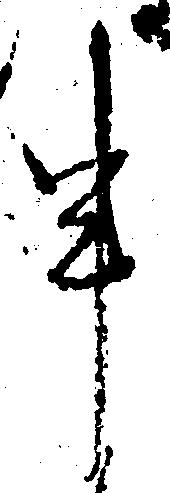
申